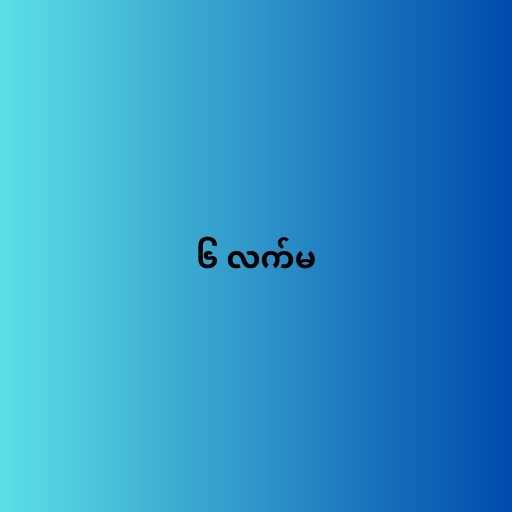
၆ လက်မ